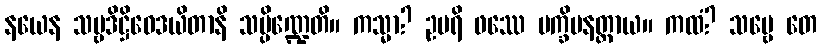
နယေန သဗ္ဗဒိဋ္ဌိဝေဒယိတာနိ သမ္ပိဏ္ဍေတိ။ ကသ္မာ? ဥပရိ ဖဿေ ပက္ခိပနတ္ထာယ။ ကထံ? သဗ္ဗေ တေ